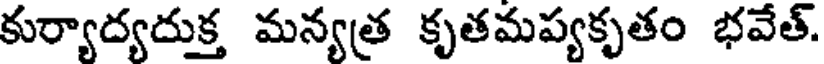
కుర్యాద్యదుక్త మన్యత్ర కృతమప్యకృతం భవేత్.